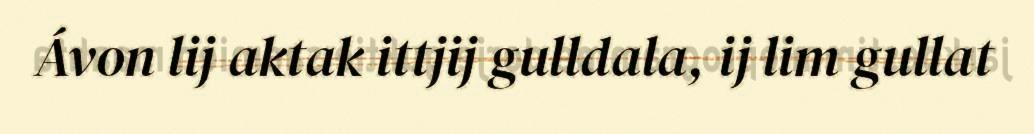
Ávon lij aktak ittjij gulldala, ij lim gullat